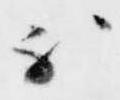
不